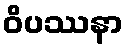
ဝိပဿနာ